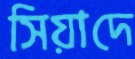
সিয়াদে